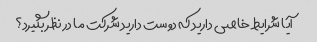
آیا شرایط خاصی دارید که دوست دارید شرکت ما در نظر بگیرد؟